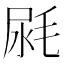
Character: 𣭼